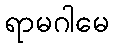
ရာမဂါမေ